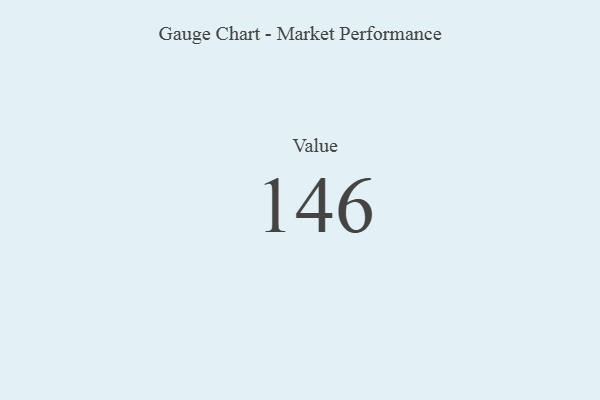
{"axis": {"x": "Metric", "y": "Value"}, "legend": [""], "data": [{"x": "Value", "y": 146, "type": ""}]}